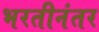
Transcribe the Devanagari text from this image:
भरतीनंतर